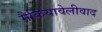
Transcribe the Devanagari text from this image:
मैकियावेलीवाद